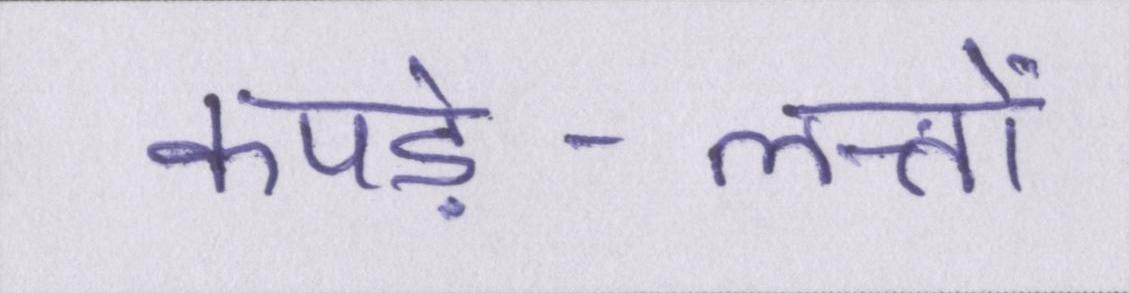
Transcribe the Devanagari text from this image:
कपड़े-लत्तों